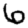
Digit: 6